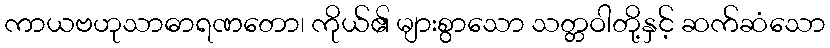
ကာယဗဟုသာဓာရဏတော၊ ကိုယ်၏ များစွာသော သတ္တဝါတို့နှင့် ဆက်ဆံသော